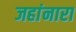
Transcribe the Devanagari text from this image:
जहांनारा